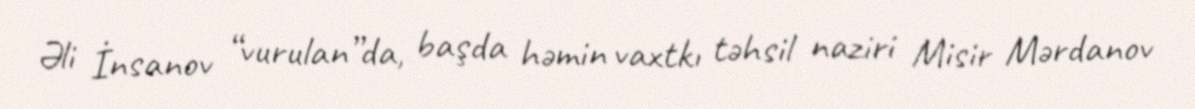
Əli İnsanov “vurulan”da, başda həmin vaxtkı təhsil naziri Misir Mərdanov